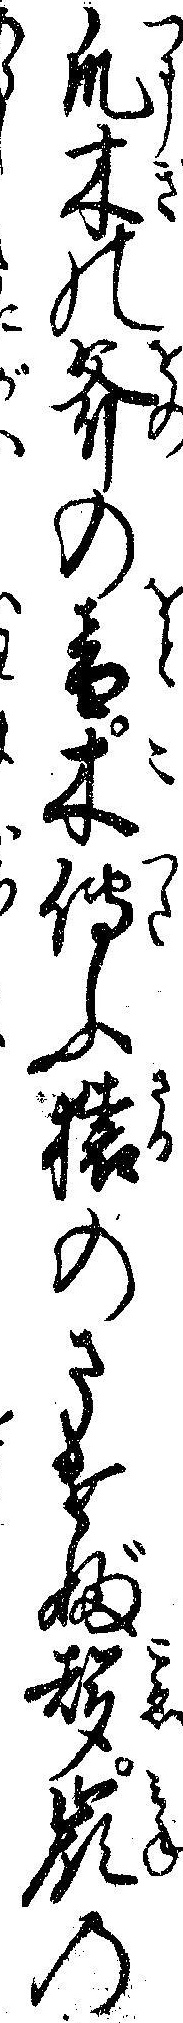
爪木の斧の音木伝ふ猿のさけぶ声嶺の